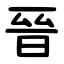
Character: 晉